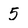
Character: 5